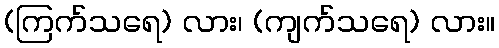
(ကြက်သရေ) လား၊ (ကျက်သရေ) လား။